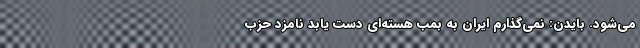
می‌شود. بایدن: نمی‌گذارم ایران به بمب هسته‌ای دست یابد نامزد حزب